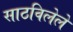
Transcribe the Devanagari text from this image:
साठविलेले